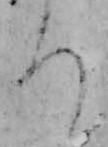
ち